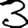
Digit: 3